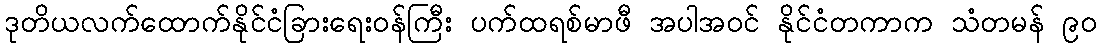
ဒုတိယလက်ထောက်နိုင်ငံခြားရေးဝန်ကြီး ပက်ထရစ်မာဖီ အပါအဝင် နိုင်ငံတကာက သံတမန် ၉၀